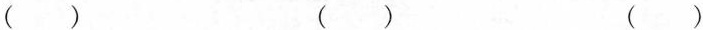
( ) ( ) ( )